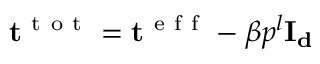
\mathbf { t } ^ { \mathrm { ~ t ~ o ~ t ~ } } = \mathbf { t } ^ { \mathrm { ~ e ~ f ~ f ~ } } - \beta p ^ { l } \mathbf { I _ { d } }